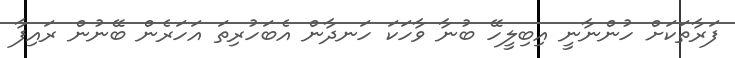
ފަރާތަކަށް ހުންނާނީ އިބިލީހޭ ބުނާ ވާހަކަ ހަނދާން އެބަހުރިތަ އަހަރެން ބޭނުން ރައިފާ